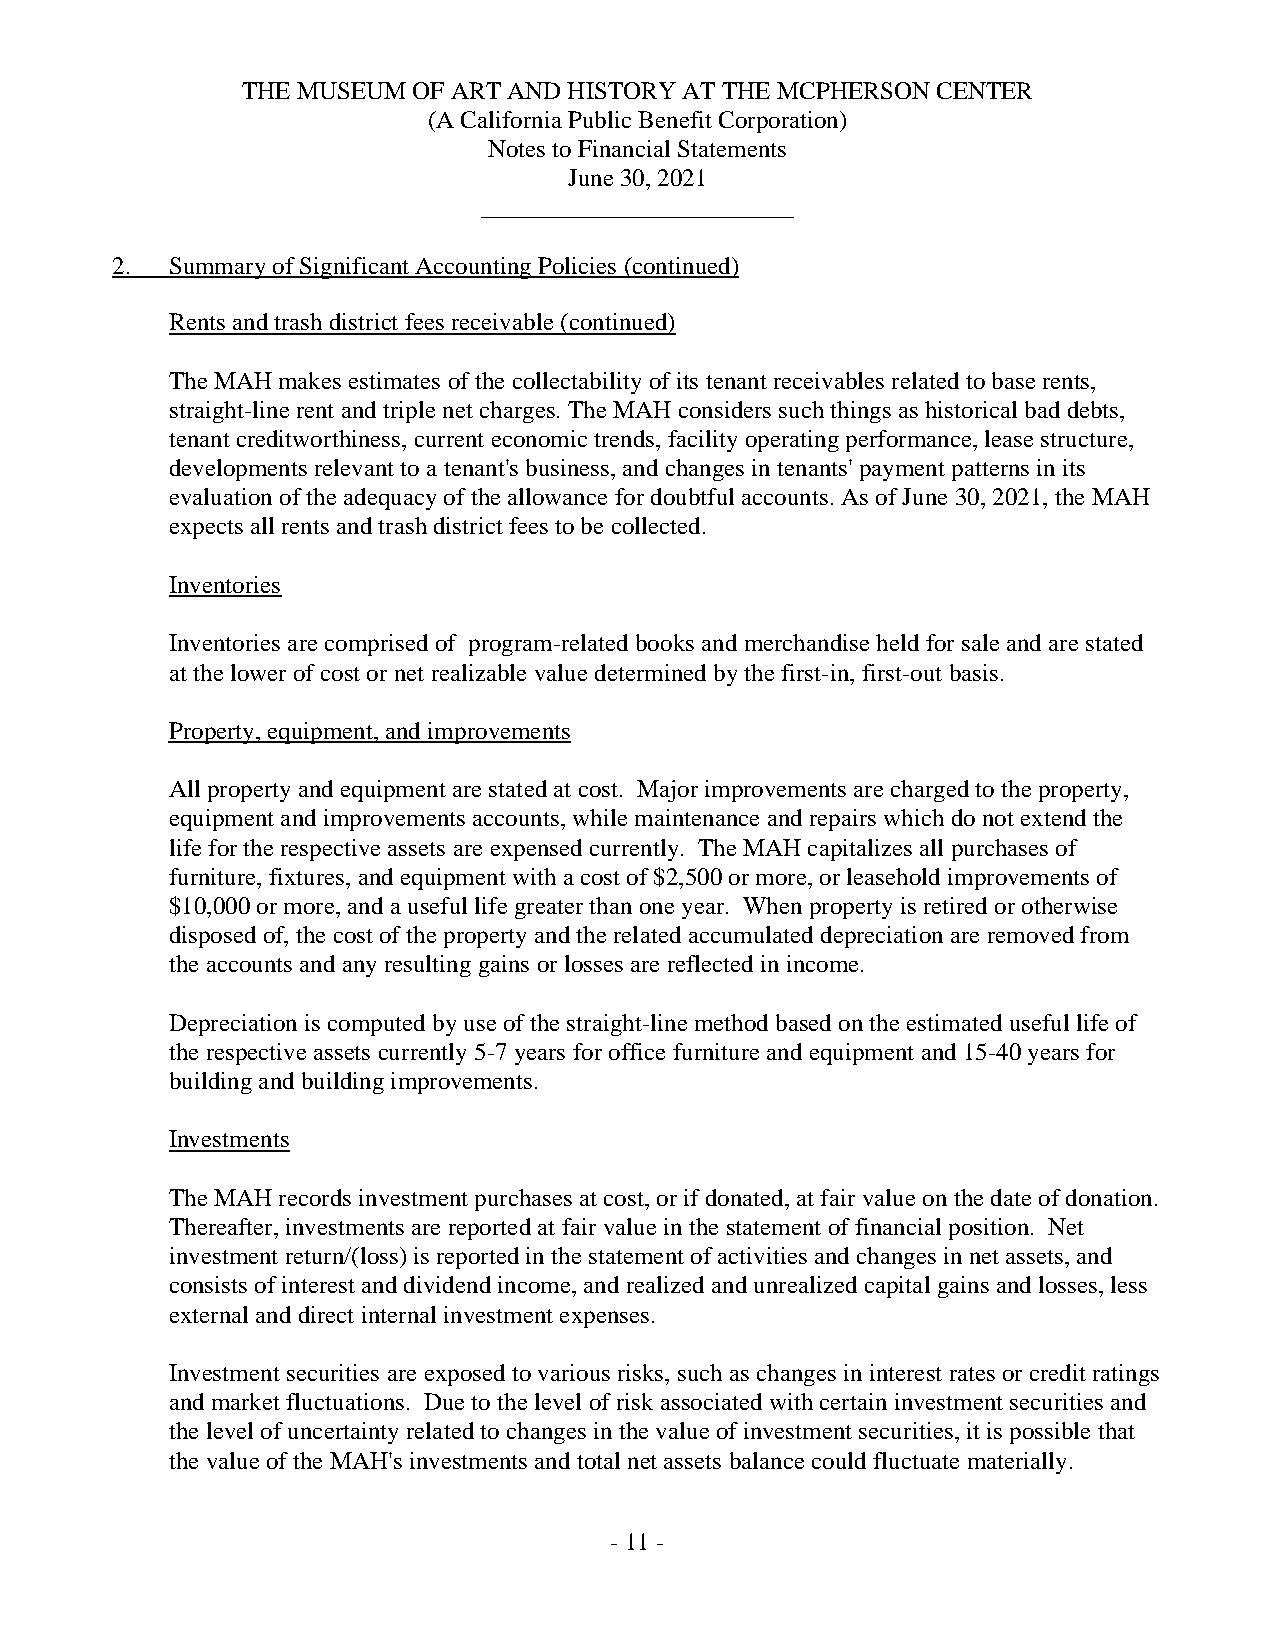
THE MUSEUM OF ART AND HISTORY AT THE MCPHERSON CENTER
 (A California Public Benefit Corporation)
 Notes to Financial Statements
 June 30, 2021
 _________________________
 2.  Summary of Significant Accounting Policies (continued)
 Rents and trash district fees receivable (continued)
 The MAH makes estimates of the collectability of its tenant receivables related to base rents,
 straight-line rent and triple net charges. The MAH considers such things as historical bad debts,
 tenant creditworthiness, current economic trends, facility operating performance, lease structure,
 developments relevant to a tenant's business, and changes in tenants' payment patterns in its
 evaluation of the adequacy of the allowance for doubtful accounts. As of June 30, 2021, the MAH
 expects all rents and trash district fees to be collected.
 Inventories
 Inventories are comprised of program-related books and merchandise held for sale and are stated
 at the lower of cost or net realizable value determined by the first-in, first-out basis.
 Property, equipment, and improvements
 All property and equipment are stated at cost. Major improvements are charged to the property,
 equipment and improvements accounts, while maintenance and repairs which do not extend the
 life for the respective assets are expensed currently. The MAH capitalizes all purchases of
 furniture, fixtures, and equipment with a cost of $2,500 or more, or leasehold improvements of
 $10,000 or more, and a useful life greater than one year. When property is retired or otherwise
 disposed of, the cost of the property and the related accumulated depreciation are removed from
 the accounts and any resulting gains or losses are reflected in income.
 Depreciation is computed by use of the straight-line method based on the estimated useful life of
 the respective assets currently 5-7 years for office furniture and equipment and 15-40 years for
 building and building improvements.
 Investments
 The MAH records investment purchases at cost, or if donated, at fair value on the date of donation.
 Thereafter, investments are reported at fair value in the statement of financial position. Net
 investment return/(loss) is reported in the statement of activities and changes in net assets, and
 consists of interest and dividend income, and realized and unrealized capital gains and losses, less
 external and direct internal investment expenses.
 Investment securities are exposed to various risks, such as changes in interest rates or credit ratings
 and market fluctuations. Due to the level of risk associated with certain investment securities and
 the level of uncertainty related to changes in the value of investment securities, it is possible that
 the value of the MAH's investments and total net assets balance could fluctuate materially.
 -11 -